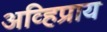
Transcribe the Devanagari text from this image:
अव्हिप्राय